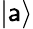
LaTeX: |\mathsf{a}\rangle